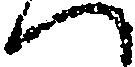
へ